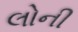
લોની